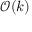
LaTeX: { \mathcal { O } } ( k )